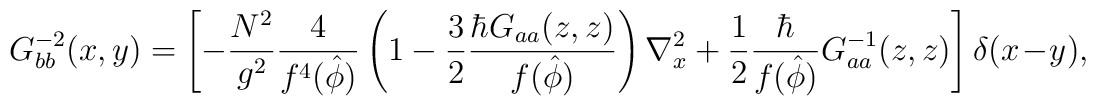
G_{bb}^{-2}  (x,y)  =  \left[-   \frac{{   N^{2}}}{g^{2} }    \frac{{4 }}{   f^{4}  (   {\hat{\phi}})} \left( { 1- \frac{{ 3}}{2 }  \frac{{  \hbar  G_{aa}(z,z) }}{ f( {\hat{\phi}} )}}  \right)  \nabla_{x}^{2} +  \frac{{ 1}}{2 }   \frac{{\hbar }}{ f( {\hat{\phi}} )  } G_{aa}^{-1}(z,z)  \right ] \delta (x-y),